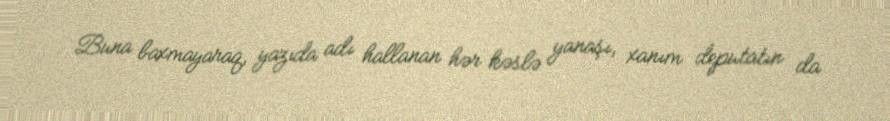
Buna baxmayaraq, yazıda adı hallanan hər kəslə yanaşı, xanım deputatın da